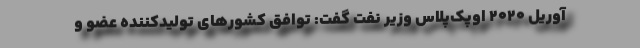
آوریل ۲۰۲۰ اوپک‌پلاس وزیر نفت گفت: توافق کشورهای تولیدکننده عضو و